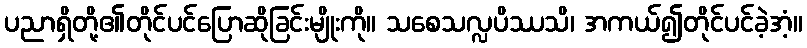
ပညာရှိတို့၏တိုင်ပင်ပြောဆိုခြင်းမျိုးကို။ သစေသလ္လပိဿသိ၊ အကယ်၍တိုင်ပင်ခဲ့အံ့။